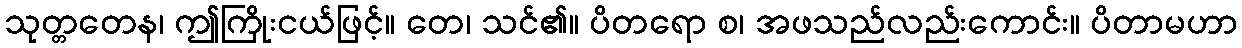
သုတ္တတေန၊ ဤကြိုးငယ်ဖြင့်။ တေ၊ သင်၏။ ပိတရော စ၊ အဖသည်လည်းကောင်း။ ပိတာမဟာ